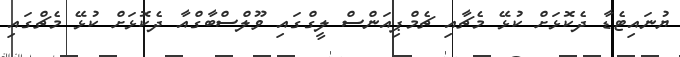
ޔުނައިޓެޑާ ދެކޮޅަށް ކުޅޭ މެޗާއި ޗެމްޕިއަންސް ލީގްގައި ވޫލްސްބާގްއާ ދެކޮޅަށް ކުޅޭ މެޗްގައި